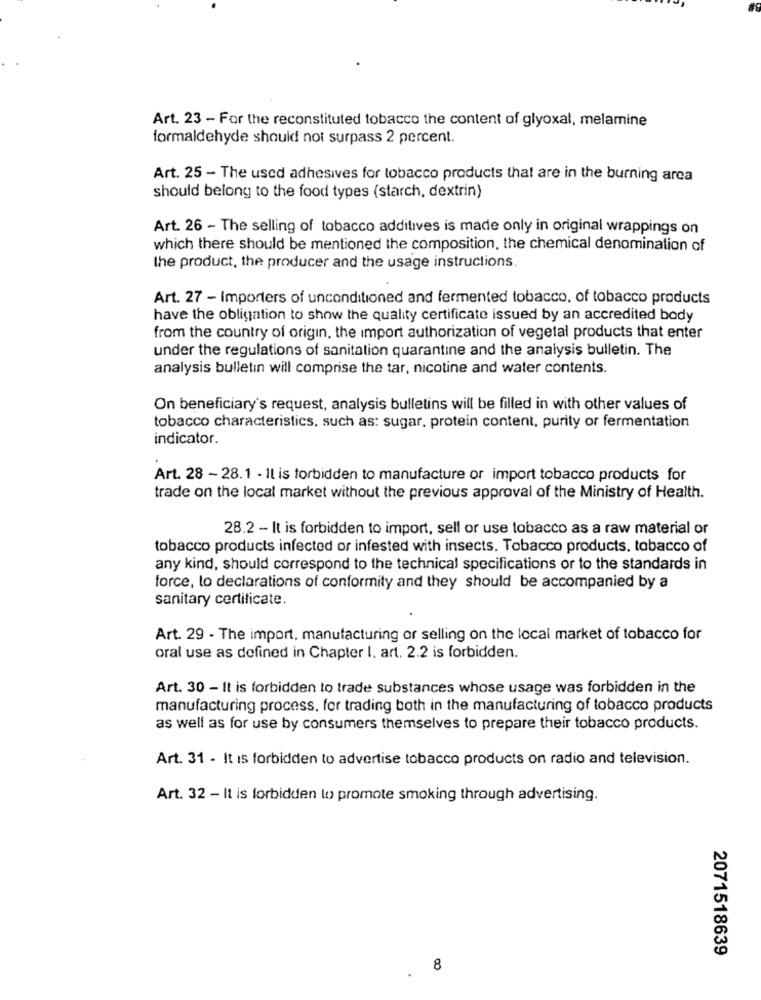
Art. 23 - For the reconstituted tobacco the content of glyoxal, melamine
formaldehyde should not surpass 2 percent.
Art. 25 - The used adhesives for tobacco products that are in the burning area
should belong to the food types (starch, dextrin)
Art. 26 - The selling of tobacco additives is made only in original wrappings on
which there should be mentioned the composition, the chemical denomination of
the product, the producer and the usage instructions.
Art. 27 - Importers of unconditioned and fermented tobacco, of tobacco products
have the obligation to show the quality certificate issued by an accredited body
from the country of origin, the import authorization of vegetal products that enter
under the regulations of sanitation quarantine and the analysis bulletin. The
analysis bulletin will comprise the tar, nicotine and water contents.
On beneficiary's request, analysis bulletins will be filled in with other values of
tobacco characteristics, such as: sugar, protein content, purity or fermentation
indicator.
Art. 28 - 28.1 - Il is forbidden to manufacture or import tobacco products for
trade on the local market without the previous approval of the Ministry of Health.
28.2 - It is forbidden to import, sell or use tobacco as a raw material or
tobacco products infected or infested with insects. Tobacco products, tobacco of
any kind, should correspond to the technical specifications or to the standards in
force, to declarations of conformity and they should be accompanied by a
sanitary certificate.
Art. 29 - The import, manufacturing or selling on the local market of tobacco for
oral use as defined in Chapter I. art. 2.2 is forbidden.
Art. 30 - It is forbidden to trade substances whose usage was forbidden in the
manufacturing process, for trading both in the manufacturing of tobacco products
as well as for use by consumers themselves to prepare their tobacco products.
Art. 31 - It is forbidden to advertise tobacco products on radio and television.
Art. 32 - It is forbidden to promote smoking through advertising.
2071518639
8